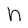
Character: n